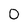
Character: 0